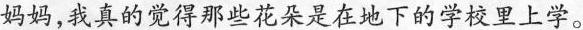
妈妈，我真的觉得那些花朵是在地下的学校里上学。